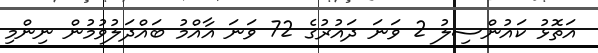
އަތޮޅު ކައުންސިލު 2 ވަނަ ދައުރުގެ 72 ވަނަ އާއްމު ބައްދަލުވުމުން ނިންމި